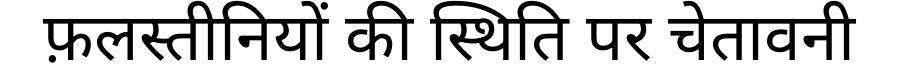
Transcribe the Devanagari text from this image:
फ़लस्तीनियों की स्थिति पर चेतावनी